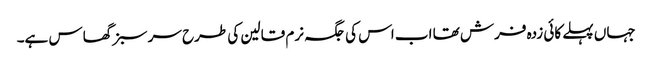
جہاں پہلے کائی زدہ فرش تھا اب اس کی جگہ نرم قالین کی طرح سر سبز گھاس ہے۔